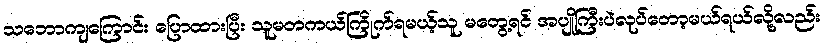
သဘောကျကြောင်း ပြောထားပြီး သူမတကယ်ကြိုက်ရမယ့်သူ မတွေ့ရင် အပျိုကြီးပဲလုပ်တော့မယ်ရယ်လို့လည်း